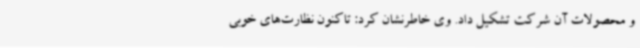
و محصولات آن شرکت تشکیل داد. وی خاطرنشان کرد: تاکنون نظارت‌های خوبی